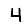
Digit: 4